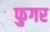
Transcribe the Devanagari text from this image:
फुगर